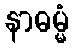
နာဓမ္မံ